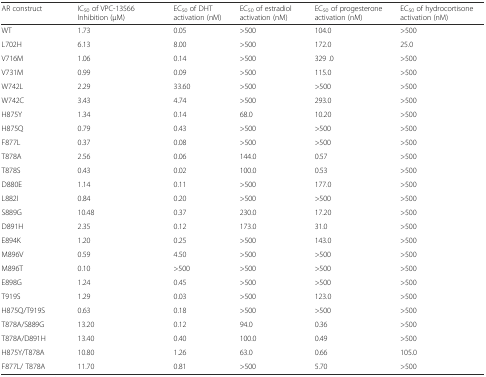
<table><thead><tr><td><b>AR construct</b></td><td><b>IC<sub>50</sub> of VPC-13566 Inhibition (μM)</b></td><td><b>EC<sub>50</sub> of DHT activation (nM)</b></td><td><b>EC<sub>50</sub> of estradiol activation (nM)</b></td><td><b>EC<sub>50</sub> of progesterone activation (nM)</b></td><td><b>EC<sub>50</sub> of hydrocortisone activation (nM)</b></td></tr></thead><tbody><tr><td>WT</td><td>1.73</td><td>0.05</td><td>&gt;500</td><td>104.0</td><td>&gt;500</td></tr><tr><td>L702H</td><td>6.13</td><td>8.00</td><td>&gt;500</td><td>172.0</td><td>25.0</td></tr><tr><td>V716M</td><td>1.06</td><td>0.14</td><td>&gt;500</td><td>329 .0</td><td>&gt;500</td></tr><tr><td>V731M</td><td>0.99</td><td>0.09</td><td>&gt;500</td><td>115.0</td><td>&gt;500</td></tr><tr><td>W742L</td><td>2.29</td><td>33.60</td><td>&gt;500</td><td>&gt;500</td><td>&gt;500</td></tr><tr><td>W742C</td><td>3.43</td><td>4.74</td><td>&gt;500</td><td>293.0</td><td>&gt;500</td></tr><tr><td>H875Y</td><td>1.34</td><td>0.14</td><td>68.0</td><td>10.20</td><td>&gt;500</td></tr><tr><td>H875Q</td><td>0.79</td><td>0.43</td><td>&gt;500</td><td>&gt;500</td><td>&gt;500</td></tr><tr><td>F877L</td><td>0.37</td><td>0.08</td><td>&gt;500</td><td>&gt;500</td><td>&gt;500</td></tr><tr><td>T878A</td><td>2.56</td><td>0.06</td><td>144.0</td><td>0.57</td><td>&gt;500</td></tr><tr><td>T878S</td><td>0.43</td><td>0.02</td><td>100.0</td><td>0.53</td><td>&gt;500</td></tr><tr><td>D880E</td><td>1.14</td><td>0.11</td><td>&gt;500</td><td>177.0</td><td>&gt;500</td></tr><tr><td>L882I</td><td>0.84</td><td>0.20</td><td>&gt;500</td><td>&gt;500</td><td>&gt;500</td></tr><tr><td>S889G</td><td>10.48</td><td>0.37</td><td>230.0</td><td>17.20</td><td>&gt;500</td></tr><tr><td>D891H</td><td>2.35</td><td>0.12</td><td>173.0</td><td>31.0</td><td>&gt;500</td></tr><tr><td>E894K</td><td>1.20</td><td>0.25</td><td>&gt;500</td><td>143.0</td><td>&gt;500</td></tr><tr><td>M896V</td><td>0.59</td><td>4.50</td><td>&gt;500</td><td>&gt;500</td><td>&gt;500</td></tr><tr><td>M896T</td><td>0.10</td><td>&gt;500</td><td>&gt;500</td><td>&gt;500</td><td>&gt;500</td></tr><tr><td>E898G</td><td>1.24</td><td>0.45</td><td>&gt;500</td><td>&gt;500</td><td>&gt;500</td></tr><tr><td>T919S</td><td>1.29</td><td>0.03</td><td>&gt;500</td><td>123.0</td><td>&gt;500</td></tr><tr><td>H875Q/T919S</td><td>0.63</td><td>0.18</td><td>&gt;500</td><td>&gt;500</td><td>&gt;500</td></tr><tr><td>T878A/S889G</td><td>13.20</td><td>0.12</td><td>94.0</td><td>0.36</td><td>&gt;500</td></tr><tr><td>T878A/D891H</td><td>13.40</td><td>0.40</td><td>100.0</td><td>0.49</td><td>&gt;500</td></tr><tr><td>H875Y/T878A</td><td>10.80</td><td>1.26</td><td>63.0</td><td>0.66</td><td>105.0</td></tr><tr><td>F877L/ T878A</td><td>11.70</td><td>0.81</td><td>&gt;500</td><td>5.70</td><td>&gt;500</td></tr></tbody></table>